Lunatic asylums Burma 1907-21 - 1907-1921
Year: 1907
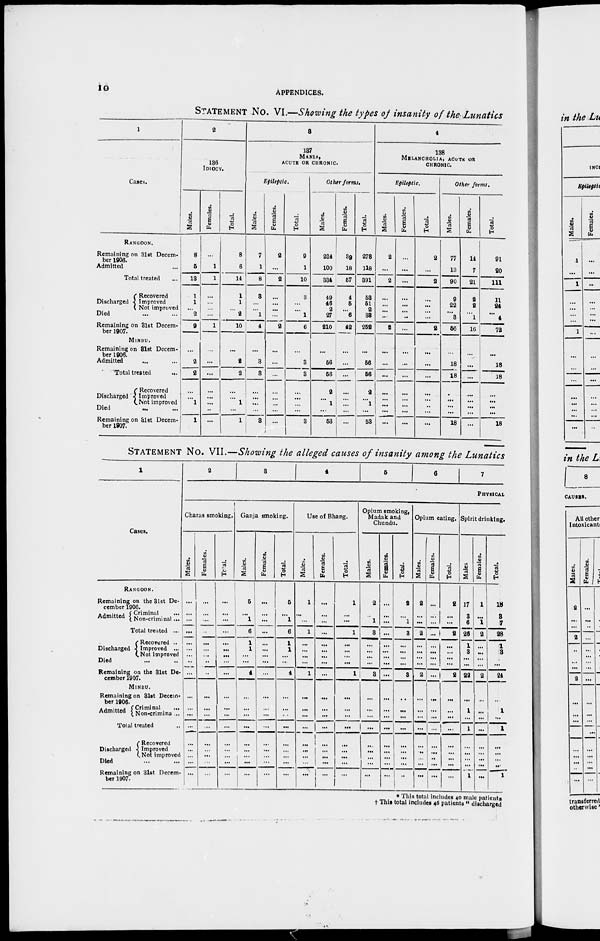
10
APPENDICES.
STATEMENT No. VI.—Showing the types of insanity of the Lunatics
1
Cases.
RANGOON.
Remaining on 31st Decem-
ber 1906.
Admitted ...
Total treated ...
Discharged
Recovered
Improved
Not improved
Died ... ...
Remaining on 31st Decem-
ber 1907.
MINBU.
Remaining on 31st Decem-
ber 1906.
Admitted ... ...
Total treated ...
Discharged
Recovered
Improved
Not improved
Died ... ...
Remaining on 31st Decem-
ber 1907.
2
136
IDIOCY.
Males.
8
5
13
1
1
... 2
9
...
2
2
...
...
1
...
1
Females.
...
1
1
...
...
...
...
1
...
...
...
...
...
...
..
...
Total.
8
6
14
1
1
... 2
10
...
2
2
...
...
1
...
1
3
137
MANIA,
ACUTE OR CHRONIC.
Epileptic.
Males.
7
1
8
3
...
...
1
4
...
3
3
...
...
...
...
3
Females.
2
...
2
...
...
...
...
2
...
...
...
...
...
...
...
...
Total.
9
1
10
3
...
... ...
6
...
3
3
...
...
...
...
3
Other forms.
Males.
234
100
334
49
46
2
27
210
...
56
56
2
...
1
...
53
Females.
39
18
57
4
5
... 6
42
...
...
...
...
...
...
...
....
Total.
278
118
391
53
51
2
38
252
...
56
56
2
...
1
...
53
4
138
MELANCHOLIA, ACUTE OR
CHRONIC.
Epileptic.
Males.
2
...
2
...
...
...
...
2
...
...
...
...
...
...
...
...
Females.
...
...
...
...
...
....
...
...
...
...
...
...
...
...
...
...
Total.
2
...
2
...
...
...
...
2
...
...
...
...
...
..
...
...
Other forms.
Males.
77
13
90
9
22
... 3
56
...
18
18
...
...
...
...
18
Females.
14
7
21
2
2
... 1
16
...
...
...
...
...
...
...
...
Total.
91
20
111
11
24
... 4
72
...
18
18
...
...
...
...
18
STATEMENT No. VII.—Showing the alleged causes of insanity among the Lunatics
1
Cases.
RANGOON.
Remaining on the 31st De-
cember 1906.
Admitted
Criminal ...
Non-criminal ...
Total treated ...
Discharged
Recovered ..
Improved ...
Not improved
Died ... ...
Remaining on the 31st De-
cember 1907.
MlNBU.
Remaining on 31st Decem-
ber 1906.
Admitted
Criminal ...
Non-criminal ...
Total treated ...
Discharged
Recovered
Improved
Not improved
Died ... ...
Remaining on 3lst Decem-
ber 1907.
2
3
4
5
6
7
PHISICAL
Charas smoking.
Males.
...
...
...
...
...
...
...
...
...
...
...
...
...
...
...
...
...
...
Females.
...
...
...
...
...
...
...
..
..
...
...
...
...
...
...
...
...
...
Total.
...
...
...
...
...
...
...
...
...
...
...
...
...
...
...
...
...
...
Ganja smoking.
Males.
5
...
1
6
1
1
...
...
4
...
...
...
...
...
...
...
...
...
Females.
...
...
...
...
...
...
...
...
...
...
...
...
...
...
...
...
...
...
Total.
5
...
1
6
1
1
...
...
4
...
...
...
...
...
...
...
...
...
Use of Bhang.
Males.
1
...
...
1
...
...
...
...
1
...
...
...
...
...
...
...
...
...
Females.
...
...
...
...
...
...
...
...
...
...
...
...
...
...
...
...
...
...
Total.
1
...
...
1
...
...
...
...
1
...
...
...
...
...
...
...
...
...
Opium smoking,
Madak and
Chundu.
Males.
2
...
1
3
...
...
...
...
3
...
...
...
...
...
...
...
...
...
Females.
...
...
...
...
...
...
...
...
...
...
...
...
...
...
...
...
...
...
Total.
2
...
1
3
...
...
...
...
3
...
...
...
...
...
...
...
...
..
Opium eating.
Males.
2
...
...
2
...
...
...
...
2
...
...
...
...
...
..
...
...
...
Females.
...
...
...
...
...
...
...
...
...
...
...
...
...
...
...
..
...
...
Total.
2
...
...
2
...
...
...
...
2
...
...
...
...
...
...
...
...
...
Spirit drinking.
Males
17
3
6
26
1
3
...
...
22
...
1
...
1
...
...
...
...
1
Females.
1
...
1
2
...
...
...
...
2
...
...
...
...
...
...
...
...
...
Total.
18
3
7
28
1
3
...
...
24
...
1
...
1
...
...
...
...
1
* This total includes 40 male patients
† This total includes 46 patients " discharged